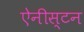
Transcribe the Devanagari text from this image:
ऐनीस्टन